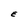
Character: E